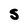
Character: S